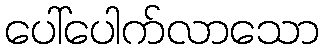
ပေါ်ပေါက်လာသော